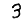
Digit: 3